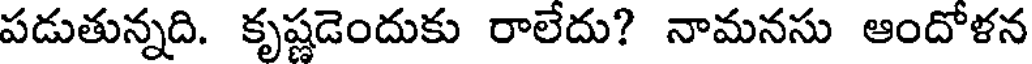
పడుతున్నది. కృష్ణడెందుకు రాలేదు? నామనసు ఆందోళన